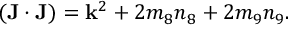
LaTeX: ( { \bf J } \cdot { \bf J } ) = { \bf k } ^ { 2 } + 2 m _ { 8 } n _ { 8 } + 2 m _ { 9 } n _ { 9 } .